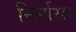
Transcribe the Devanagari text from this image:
निर्णया